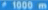
1000 m